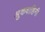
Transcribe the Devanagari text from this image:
श्रुकवाहिनी